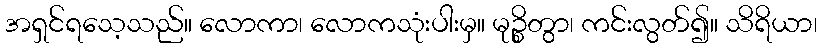
အရှင်ရသေ့သည်။ လောကာ၊ လောကသုံးပါးမှ။ မုဉ္စိတွာ၊ ကင်းလွတ်၍။ သိရိယာ၊